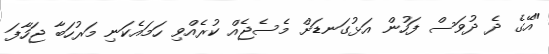
"އޭގެ ދެ ދުވަސް ފަހުން އަޅުގަނޑަށް މެސެޖެއް ކުރެއްވި ހަމައެކަނި މަރުހަބާ ޖަހާފަ